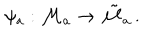
LaTeX: \psi _ { a } : { \cal M } _ { a } \to \tilde { { \cal M } } _ { a } \, .